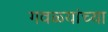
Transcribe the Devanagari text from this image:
गवळ्यांच्या